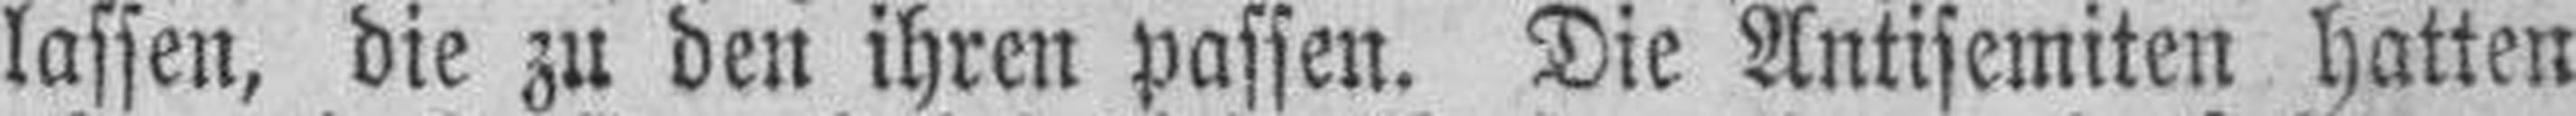
lassen, die zu den ihren passen. Die Antisemiten hatten